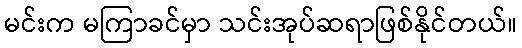
မင်းက မကြာခင်မှာ သင်းအုပ်ဆရာဖြစ်နိုင်တယ်။